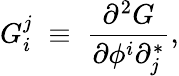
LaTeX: G_{i}^{j}\; \equiv\; {\frac{\partial^{2}G}{\partial\phi^{i}\partial_{j}^{*}}},